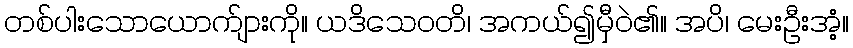
တစ်ပါးသောယောက်ျားကို။ ယဒိသေဝတိ၊ အကယ်၍မှီဝဲ၏။ အပိ၊ မေးဦးအံ့။